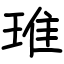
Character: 琟